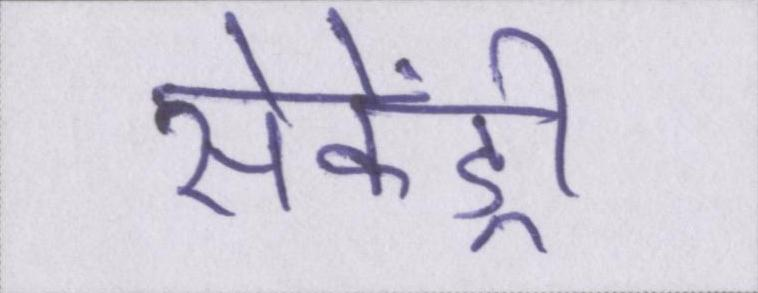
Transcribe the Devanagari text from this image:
सेकेंड्री